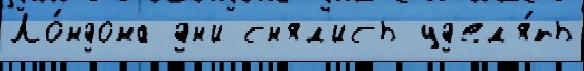
Ло́ндона дн'и сн'ял'ись уд'ел'я́ть